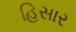
હિસાર